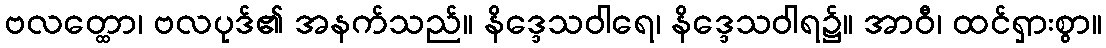
ဗလတ္ထော၊ ဗလပုဒ်၏ အနက်သည်။ နိဒ္ဒေသဝါရေ၊ နိဒ္ဒေသဝါရ၌။ အာဝီ၊ ထင်ရှားစွာ။